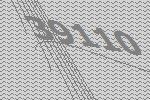
39110